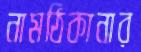
নামঠিকানার